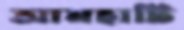
আমহাটি